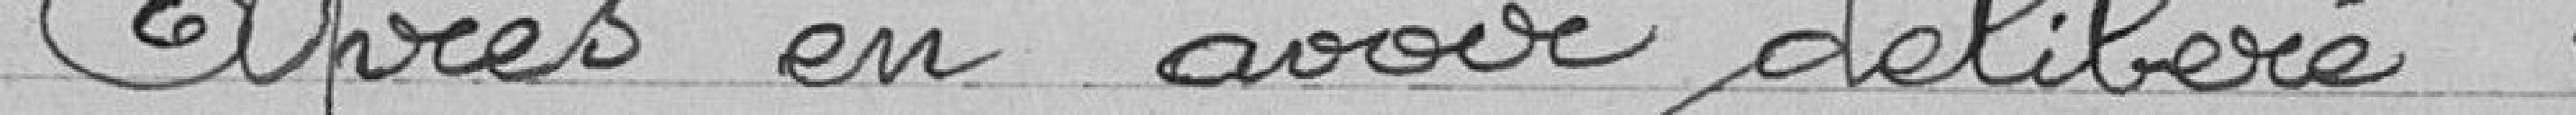
Après en avoir délibéré